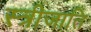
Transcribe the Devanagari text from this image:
स्त्रीजाति